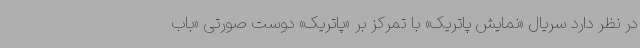
در نظر دارد سریال «نمایش پاتریک» با تمرکز بر «پاتریک» دوست صورتی «باب